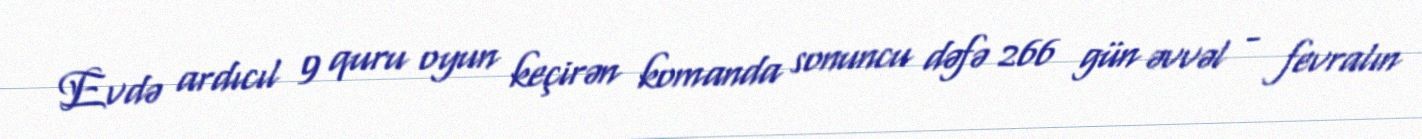
Evdə ardıcıl 9 quru oyun keçirən komanda sonuncu dəfə 266 gün əvvəl - fevralın